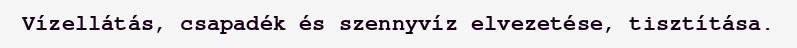
Vízellátás, csapadék és szennyvíz elvezetése, tisztítása.